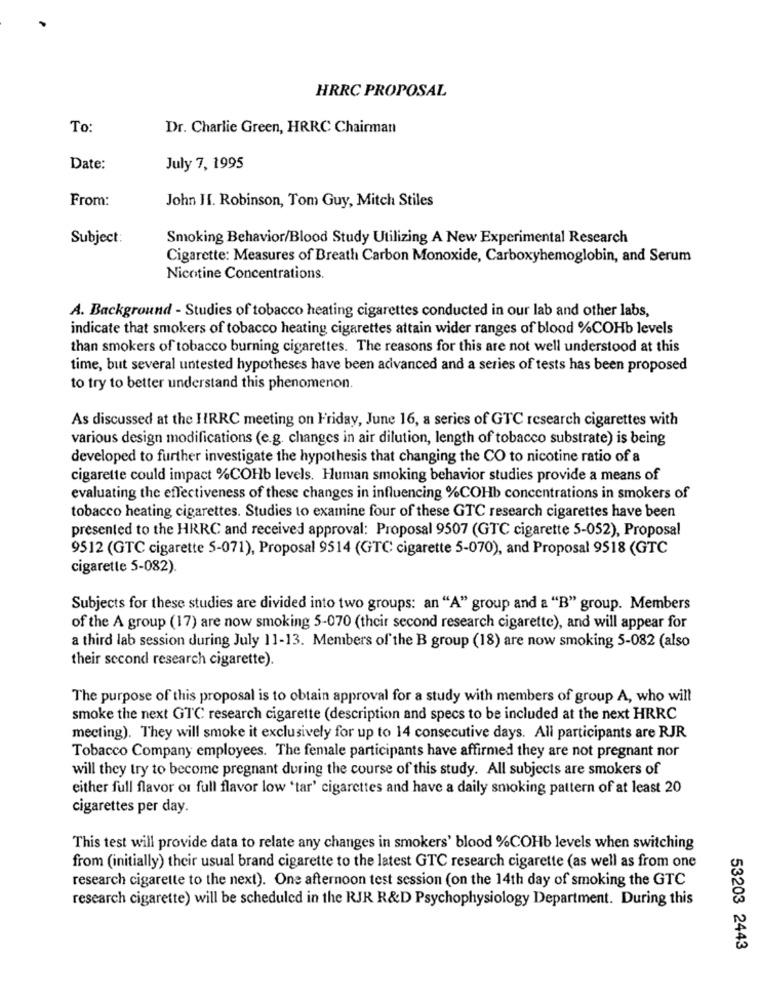
HRRC PROPOSAL
To:
Dr. Charlie Green, HRRC Chairman
Date:
July 7, 1995
From:
John II. Robinson, Tom Guy, Mitch Stiles
Subject:
Smoking Behavior/Blood Study Utilizing A New Experimental Research
Cigarette: Measures of Breath Carbon Monoxide, Carboxyhemoglobin, and Serum
Nicotine Concentrations.
A. Background - Studies of tobacco heating cigarettes conducted in our lab and other labs,
indicate that smokers of tobacco heating cigarettes attain wider ranges of blood %COHb levels
than smokers of tobacco burning cigarettes. The reasons for this are not well understood at this
time, but several untested hypotheses have been advanced and a series of tests has been proposed
to try to better understand this phenomenon.
As discussed at the HRRC meeting on Friday, June 16, a series of GTC research cigarettes with
various design modifications (e.g. changes in air dilution, length of tobacco substrate) is being
developed to further investigate the hypothesis that changing the CO to nicotine ratio of a
cigarette could impact %COHb levels. Human smoking behavior studies provide a means of
evaluating the effectiveness of these changes in influencing %COHb concentrations in smokers of
tobacco heating cigarettes. Studies to examine four of these GTC research cigarettes have been
presented to the HRRC and received approval: Proposal 9507 (GTC cigarette 5-052), Proposal
9512 (GTC cigarette 5-071), Proposal 9514 (GTC cigarette 5-070), and Proposal 9518 (GTC
cigarette 5-082).
Subjects for these studies are divided into two groups: an "A" group and a "B" group. Members
of the A group (17) are now smoking 5-070 (their second research cigarette), and will appear for
a third lab session during July 11-13. Members of the B group (18) are now smoking 5-082 (also
their second research cigarette).
The purpose of this proposal is to obtain approval for a study with members of group A, who will
smoke the next GTC research cigarette (description and specs to be included at the next HRRC
mecting). They will smoke it exclusively for up to 14 consecutive days. All participants are RJR
Tobacco Company employees. The female participants have affirmed they are not pregnant nor
will they try to become pregnant during the course of this study. All subjects are smokers of
either full flavor or full flavor low 'tar' cigarettes and have a daily smoking pattern of at least 20
cigarettes per day.
This test will provide data to relate any changes in smokers' blood %COHb levels when switching
from (initially) their usual brand cigarette to the latest GTC research cigarette (as well as from one
research cigarette to the next). One afternoon test session (on the 14th day of smoking the GTC
research cigarette) will be scheduled in the RJR R&D Psychophysiology Department. During this
53203 2443